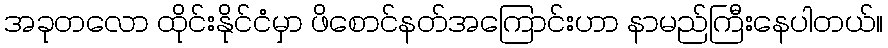
အခုတလော ထိုင်းနိုင်ငံမှာ ဖိစောင်နတ်အကြောင်းဟာ နာမည်ကြီးနေပါတယ်။